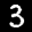
Label: 3